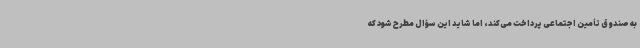
به صندوق تأمین اجتماعی پرداخت می‌کند، اما شاید این سؤال مطرح شود که